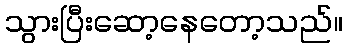
သွားပြီးဆော့နေတော့သည်။